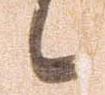
候